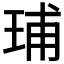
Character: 𬍥